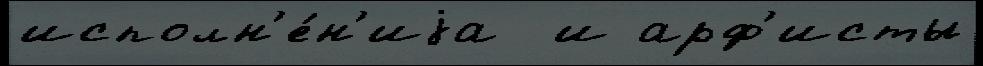
исполн'е́н'иjа  и арф'исты